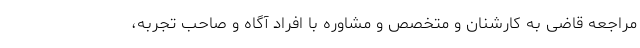
مراجعه قاضی به کارشنان و متخصص و مشاوره با افراد آگاه و صاحب تجربه،